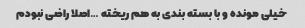
خیلی مونده و با بسته بندی به هم ریخته …اصلا راضی نبودم